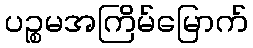
ပဉ္စမအကြိမ်မြောက်